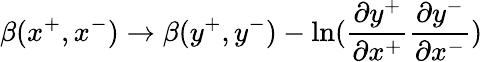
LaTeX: \beta(x^{+},x^{-})\rightarrow\beta(y^{+},y^{-})-\ln({\frac{\partial y^{+}}{\partial x^{+}}}{\frac{\partial y^{-}}{\partial x^{-}}})